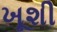
ખૂશી